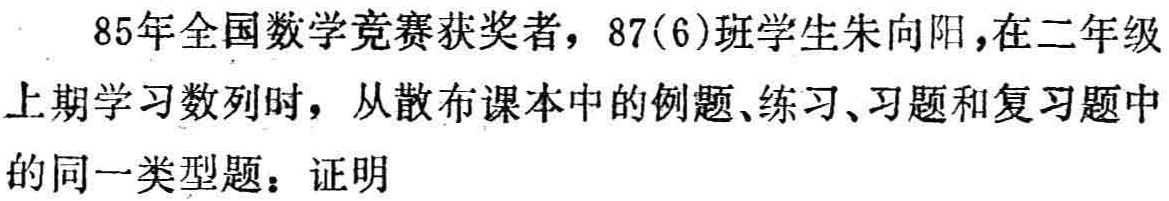
85年全国数学竞赛获奖者，87(6)班学生朱向阳，在二年级上期学习数列时，从散布课本中的例题、练习、习题和复习题中的同一类型题：证明